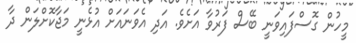
މީހުން ގޮސްފައިވަނީ ބޭސް ފަރުވާ އަށެވެ. އަދި އެވަނައަށް އުޅެނީ މަޖާކޮށްލަން ދާ